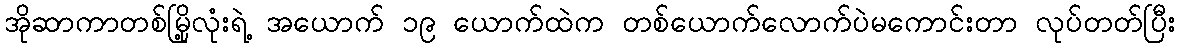
အိုဆာကာတစ်မြို့လုံးရဲ့ အယောက် ၁၉ ယောက်ထဲက တစ်ယောက်လောက်ပဲမကောင်းတာ လုပ်တတ်ပြီး